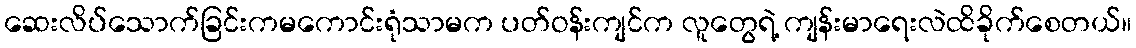
ဆေးလိပ်သောက်ခြင်းကမကောင်းရုံသာမက ပတ်ဝန်းကျင်က လူတွေရဲ့ ကျန်းမာရေးလဲထိခိုက်စေတယ်။